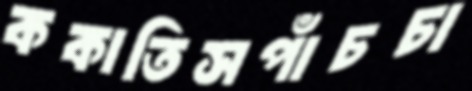
ককাতিসপাঁচচা